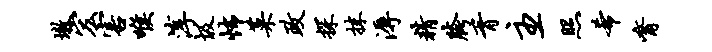
墩宏害喉淳圾怖菜政探抹溽精胯胥主照希觜